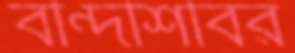
বন্দিশিবির